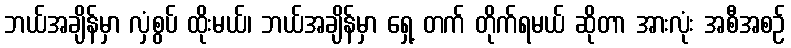
ဘယ်အချိန်မှာ လှံစွပ် ထိုးမယ်၊ ဘယ်အချိန်မှာ ရှေ့ တက် တိုက်ရမယ် ဆိုတာ အားလုံး အစီအစဉ်